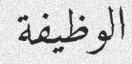
الوظيفة